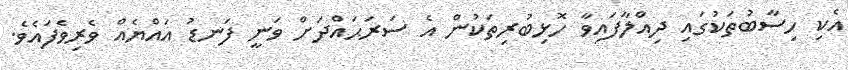
އެކި ހިސާބުތަކުގައި ދިއްލާފައިވާ ހޮޅިބުރިތަކުން އެ ސަރަޙައްދަށް ވަނީ ފަނޑު އައްޔެއް ވެރިވެފައެވެ.